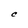
Character: C